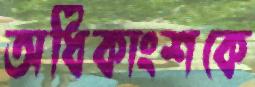
অধিকাংশকে